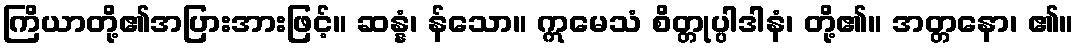
ကြိယာတို့၏အပြားအားဖြင့်။ ဆန္နံ၊ န်သော။ ဣမေသံ စိတ္တုပ္ပါဒါနံ၊ တို့၏။ အတ္တနော၊ ၏။